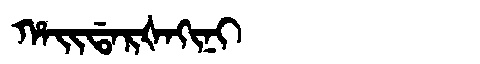
Manchu: ᡥᠠᡳᡩᠠᡵᡧᠠᡴᡳᠨᡳ
Romanization: HAIDARŠAKINI